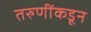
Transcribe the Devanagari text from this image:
तरुणींकडून